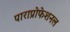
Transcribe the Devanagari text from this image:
पाराप्रोफेशनल